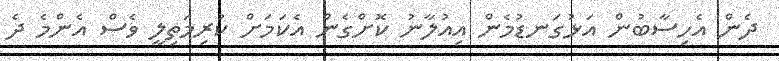
ދެން އެހިސާބުން އަޅުގަނޑުމެން އިއުލާނު ކޮށްގެން އެކަމަށް ކުރިމަތިލީ ވެސް އެންމެ ދެ